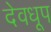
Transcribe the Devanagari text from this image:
देवधूप